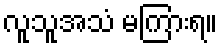
လူသူအသံ မကြားရ။